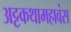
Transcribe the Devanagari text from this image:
अट्टकथामहावंस